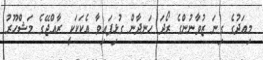
މިއަދުގެ ގިނަ ޒުވާނުންގެ ރޯދަ ހަނދާން ގުޅިފައިވާ އެކަކަކީ ރާއްޖޭގެ މަޝްހޫރު